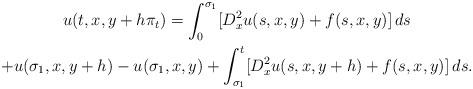
LaTeX: \begin{gather*}u(t,x,y+h\pi_{t})= \int_{0}^{\sigma_1}[D^{2}_{x}u(s,x,y)+f(s,x,y)]\,ds\\+ u(\sigma_1,x,y+h)- u(\sigma_1,x,y)+\int_{\sigma_1}^{t}[D^{2}_{x}u(s,x,y+h)+f(s,x,y)]\,ds.\end{gather*}